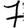
Digit: 7